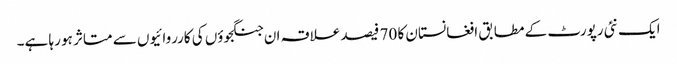
ایک نئی رپورٹ کے مطابق افغانستان کا 70 فیصد علاقہ ان جنگجوؤں کی کارروائیوں سے متاثر ہو رہا ہے۔